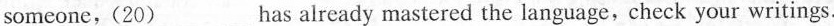
someone,(20)___ has already mastered the language， check your writings.